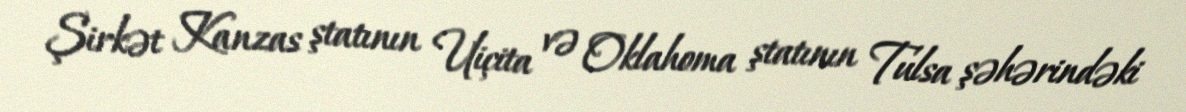
Şirkət Kanzas ştatının Uiçita və Oklahoma ştatının Tulsa şəhərindəki